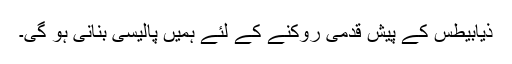
ذیابیطس کے پیش قدمی روکنے کے لئے ہمیں پالیسی بنانی ہو گی۔